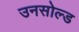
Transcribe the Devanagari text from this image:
उनसोल्ड